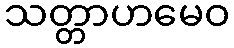
သတ္တာဟမေဝ